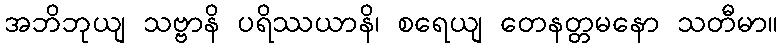
အဘိဘုယျ သဗ္ဗာနိ ပရိဿယာနိ၊ စရေယျ တေနတ္တမနော သတီမာ။